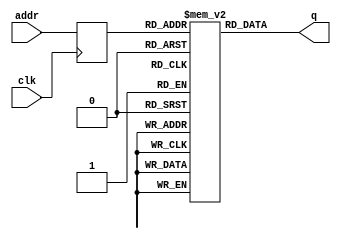
module rom_aste (
    input        clk,
    input  [3:0] addr,
    output [9:0] q
);

    // Variavel RAM (armazena dados)
    reg [9:0] ram [15:0];

    // Registra endereco de acesso
    reg [3:0] addr_reg;
    // Especifica conteudo inicial da RAM
    // a partir da leitura de arquivo usando $readmemb
    initial begin
        ram[4'd0]  =  10'b0000_0111_00; // (0, 7) -> horizontal crescente
        ram[4'd1]  =  10'b1110_0111_01; // (14,7) -> horizontal decrescente
        ram[4'd2]  =  10'b0111_0000_10; // (7, 0) -> vertical crescente
        ram[4'd3]  =  10'b0111_1110_11; // (7,14) -> vertical decrescente
        
        ram[4'd4]  =  10'b0000_0111_00; // (0, 7) -> horizontal crescente
        ram[4'd5]  =  10'b1110_0111_01; // (14,7) -> horizontal decrescente
        ram[4'd6]  =  10'b0111_0000_10; // (7, 0) -> vertical crescente
        ram[4'd7]  =  10'b0111_1110_11; // (7,14) -> vertical decrescente

        ram[4'd8]  =  10'b0000_0111_00; // (0, 7) -> horizontal crescente
        ram[4'd9]  =  10'b1110_0111_01; // (14,7) -> horizontal decrescente
        ram[4'd10]  =  10'b0111_0000_10; // (7, 0) -> vertical crescente
        ram[4'd11]  =  10'b0111_1110_11; // (7,14) -> vertical decrescente

        ram[4'd12]  =  10'b0000_0111_00; // (0, 7) -> horizontal crescente
        ram[4'd13]  =  10'b1110_0111_01; // (14,7) -> horizontal decrescente
        ram[4'd14]  =  10'b0111_0000_10; // (7, 0) -> vertical crescente
        ram[4'd15]  =  10'b0111_1110_11; // (7,14) -> vertical decrescente
    end 

    always @ (posedge clk)
    begin
        addr_reg <= addr;
    end

    // Atribuicao continua retorna dado
    assign q = ram[addr_reg];

endmodule